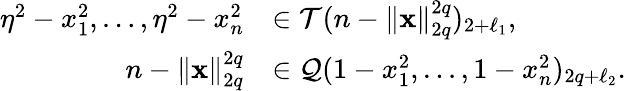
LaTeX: \begin{array}{rl}{\eta^{2}-x_{1}^{2},\ldots,\eta^{2}-x_{n}^{2}}&{\in\mathcal{T}(n-\| \mathbf{x}\| _{2q}^{2q})_{2+\ell_{1}},}\\ {n-\| \mathbf{x}\| _{2q}^{2q}}&{\in\mathcal{Q}(1-x_{1}^{2},\dots,1-x_{n}^{2})_{2q+\ell_{2}}.}\end{array}